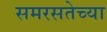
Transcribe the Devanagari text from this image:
समरसतेच्या